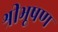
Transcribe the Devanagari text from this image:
श्रीभूषण